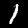
Digit: 1